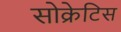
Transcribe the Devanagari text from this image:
सोक्रेटिस